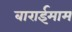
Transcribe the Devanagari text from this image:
बाराईमाम